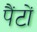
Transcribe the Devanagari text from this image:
पैंटों